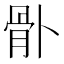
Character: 𩨓